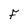
Character: F